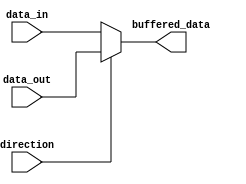
module bidirectional_buffer (
    input wire data_in,
    input wire data_out,
    input wire direction,
    output reg buffered_data
);

always @ (data_in, data_out, direction)
begin
    if (direction == 1'b0) begin
        buffered_data <= data_in;
    end
    else begin
        buffered_data <= data_out;
    end
end

endmodule